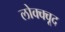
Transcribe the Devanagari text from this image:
लोक्क्वूद